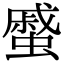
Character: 𧐶